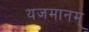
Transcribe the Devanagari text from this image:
यजमानम्‌